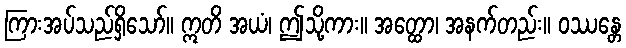
ကြားအပ်သည်ရှိသော်။ ဣတိ အယံ၊ ဤသို့ကား။ အတ္ထော၊ အနက်တည်း။ ဝဿန္တေ